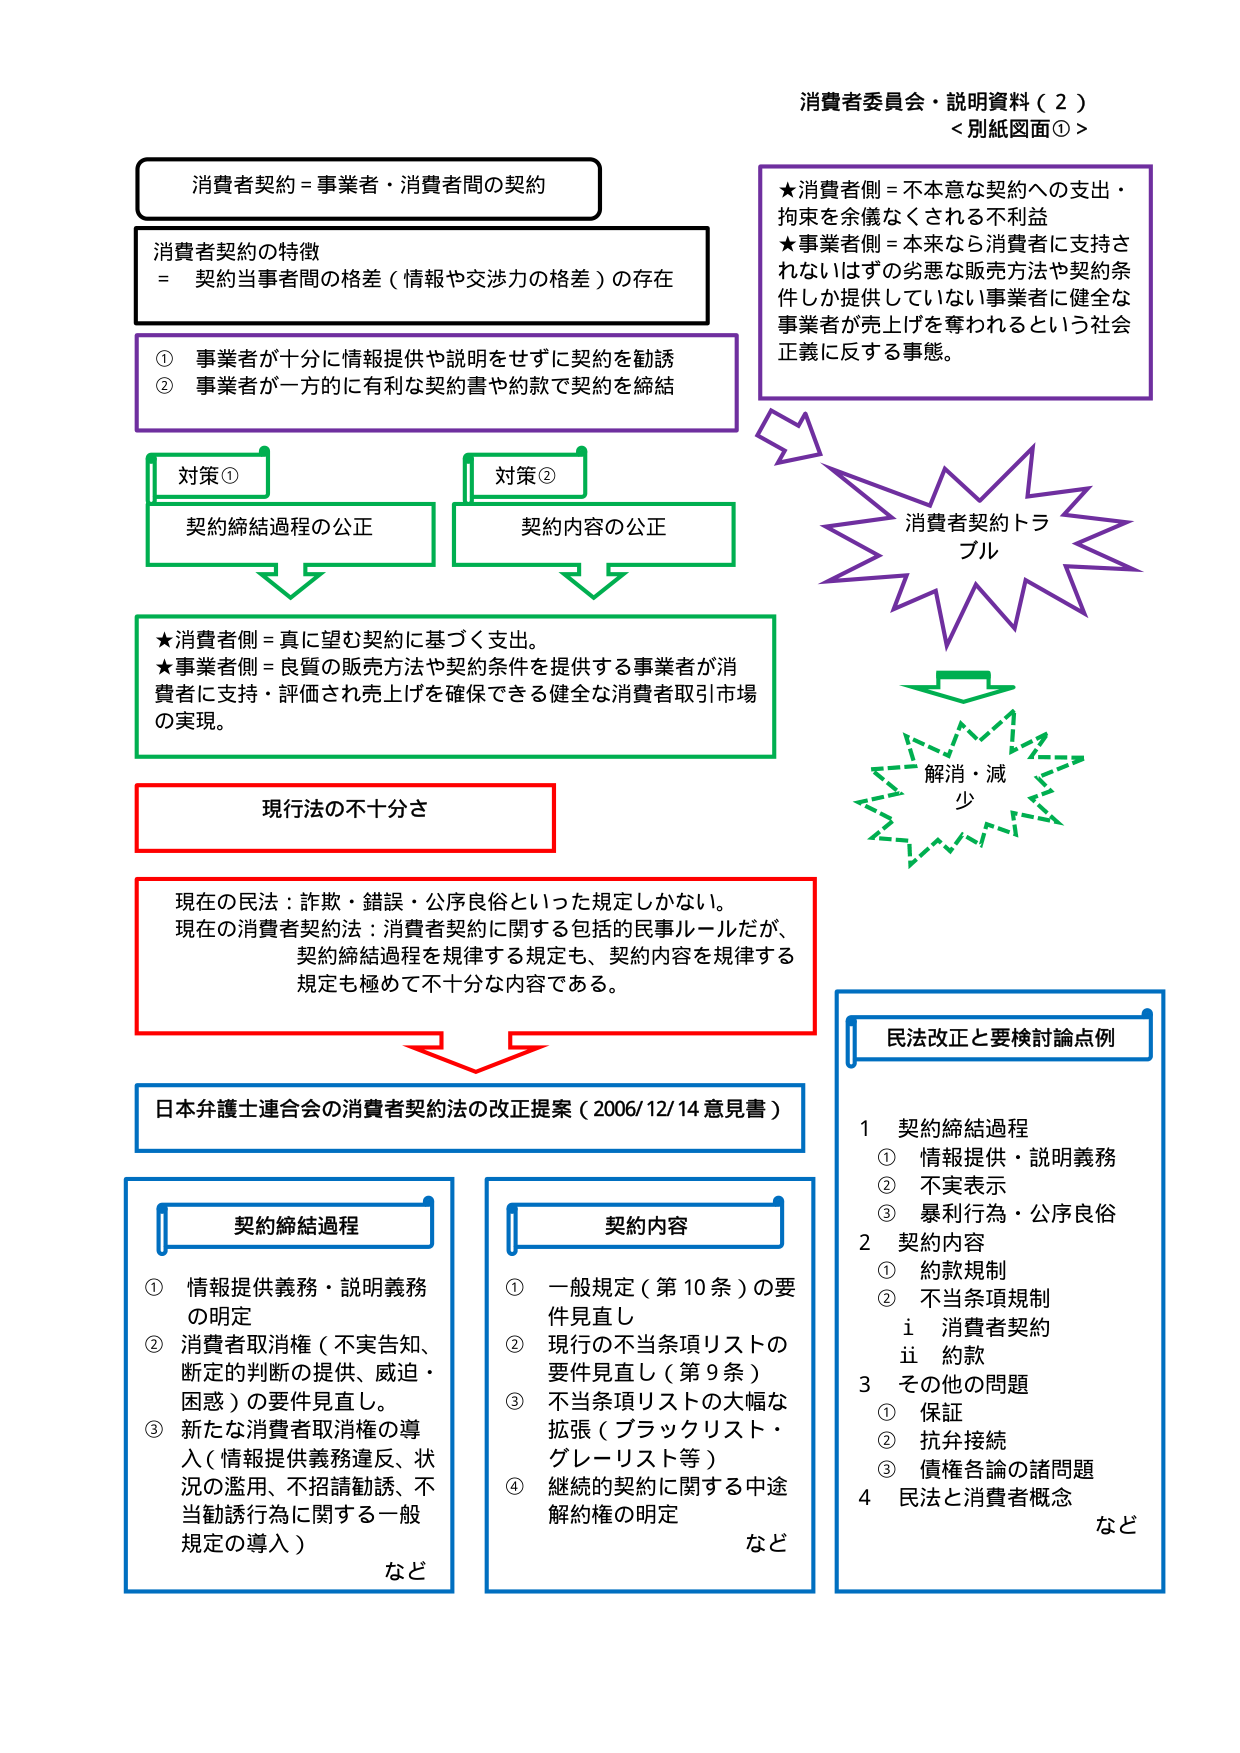
消費者委員会・説明資料（２）
＜別紙図面①＞

消費者契約＝事業者・消費者間の契約

消費者契約の特徴
＝ 契約当事者間の格差（情報や交渉力の格差）の存在

① 事業者が十分に情報提供や説明をせずに契約を勧誘
② 事業者が一方的に有利な契約書や約款で契約を締結

★消費者側＝不本意な契約への支出・拘束を余儀なくされる不利益
★事業者側＝本来なら消費者に支持されないはずの劣悪な販売方法や契約条件しか提供していない事業者に健全な事業者が売上げを奪われるという社会正義に反する事態。

対策①
契約締結過程の公正

対策②
契約内容の公正

★消費者側＝真に望む契約に基づく支出。
★事業者側＝良質の販売方法や契約条件を提供する事業者が消費者に支持・評価され売上げを確保できる健全な消費者取引市場の実現。

消費者契約トラブル

解消・減少

現行法の不十分さ

現在の民法：詐欺・錯誤・公序良俗といった規定しかない。
現在の消費者契約法：消費者契約に関する包括的民事ルールだが、契約締結過程を規律する規定も、契約内容を規律する規定も極めて不十分な内容である。

日本弁護士連合会の消費者契約法の改正提案（2006/12/14 意見書）

契約締結過程
① 情報提供義務・説明義務の明定
② 消費者取消権（不実告知、断定的判断の提供、威迫・困惑）の要件見直し。
③ 新たな消費者取消権の導入（情報提供義務違反、状況の濫用、不招請勧誘、不当勧誘行為に関する一般規定の導入）
など

契約内容
① 一般規定（第10条）の要件見直し
② 現行の不当条項リストの要件見直し（第9条）
③ 不当条項リストの大幅な拡張（ブラックリスト・グレーリスト等）
④ 継続的契約に関する中途解約権の明定
など

民法改正と要検討論点例
1 契約締結過程
　① 情報提供・説明義務
　② 不実表示
　③ 暴利行為・公序良俗
2 契約内容
　① 約款規制
　② 不当条項規制
　　i 消費者契約
　　ii 約款
3 その他の問題
　① 保証
　② 抗弁接続
　③ 債権各論の諸問題
4 民法と消費者概念
　など